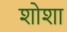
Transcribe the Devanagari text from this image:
शोशा